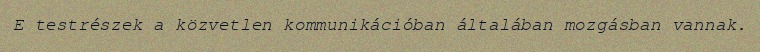
E testrészek a közvetlen kommunikációban általában mozgásban vannak.